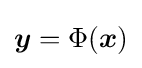
{\textstyle {\boldsymbol {y}}=\Phi ({\boldsymbol {x}})}